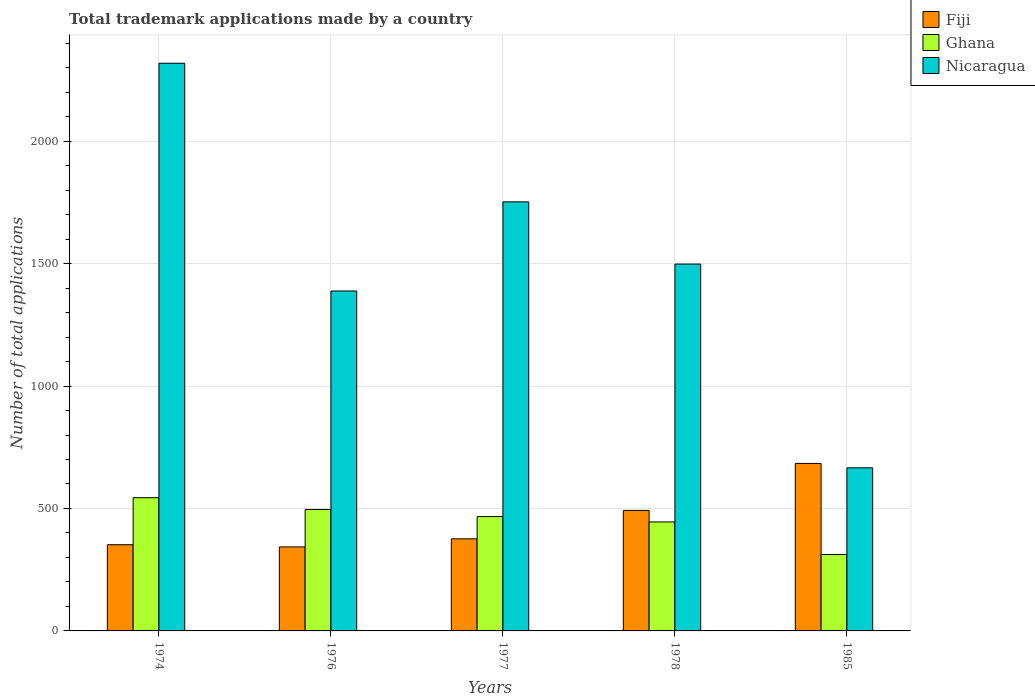
| Years | Fiji | Ghana | Nicaragua |
 | --- | --- | --- | --- |
 | 1974 | 352 | 544 | 2.32e+03 |
 | 1976 | 343 | 496 | 1.39e+03 |
 | 1977 | 376 | 467 | 1.75e+03 |
 | 1978 | 492 | 445 | 1.5e+03 |
 | 1985 | 684 | 312 | 666 |